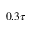
0 . 3 \tau